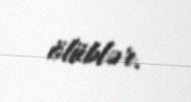
ölüblər.